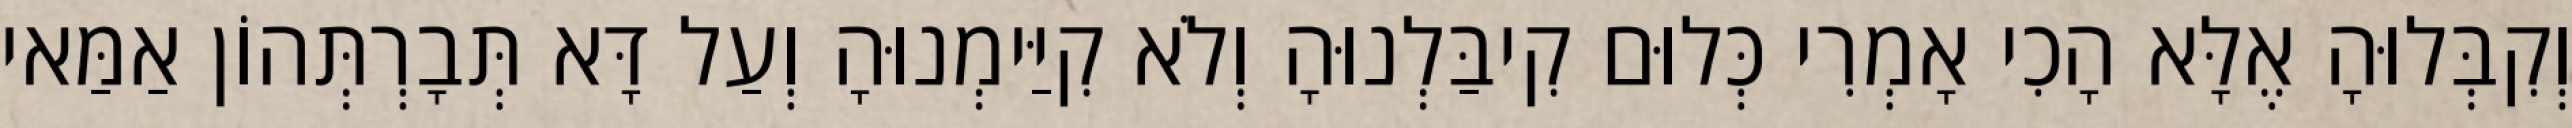
וְקִבְּלוּהָ אֶלָּא הָכִי אָמְרִי כְּלוּם קִיבַּלְנוּהָ וְלֹא קִיַּימְנוּהָ וְעַל דָּא תְּבָרְתְּהוֹן אַמַּאי